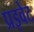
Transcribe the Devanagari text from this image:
प्रइवेट